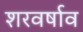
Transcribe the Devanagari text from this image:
शरवर्षाव